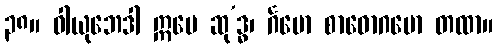
၃၈။ ဝါယုဘေဒါ ဣမေ ဆု’ဒ္ဓ၊ င်္ဂမော စာဓောဂမော တထာ။